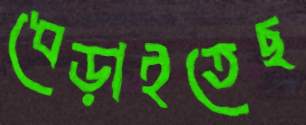
ধেড়াইতেছ